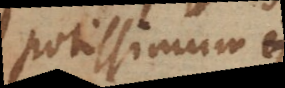
potissimum est